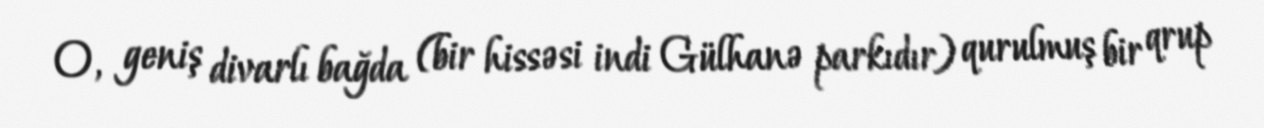
O, geniş divarlı bağda (bir hissəsi indi Gülhanə parkıdır) qurulmuş bir qrup